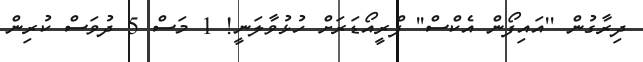
ދިރާގުން ''އައިފޯން އެކްސް'' ޕްރީއޯޑަރަށް ހުޅުވާލަނީ! 1 މަސް 5 ދުވަސް ކުރިން